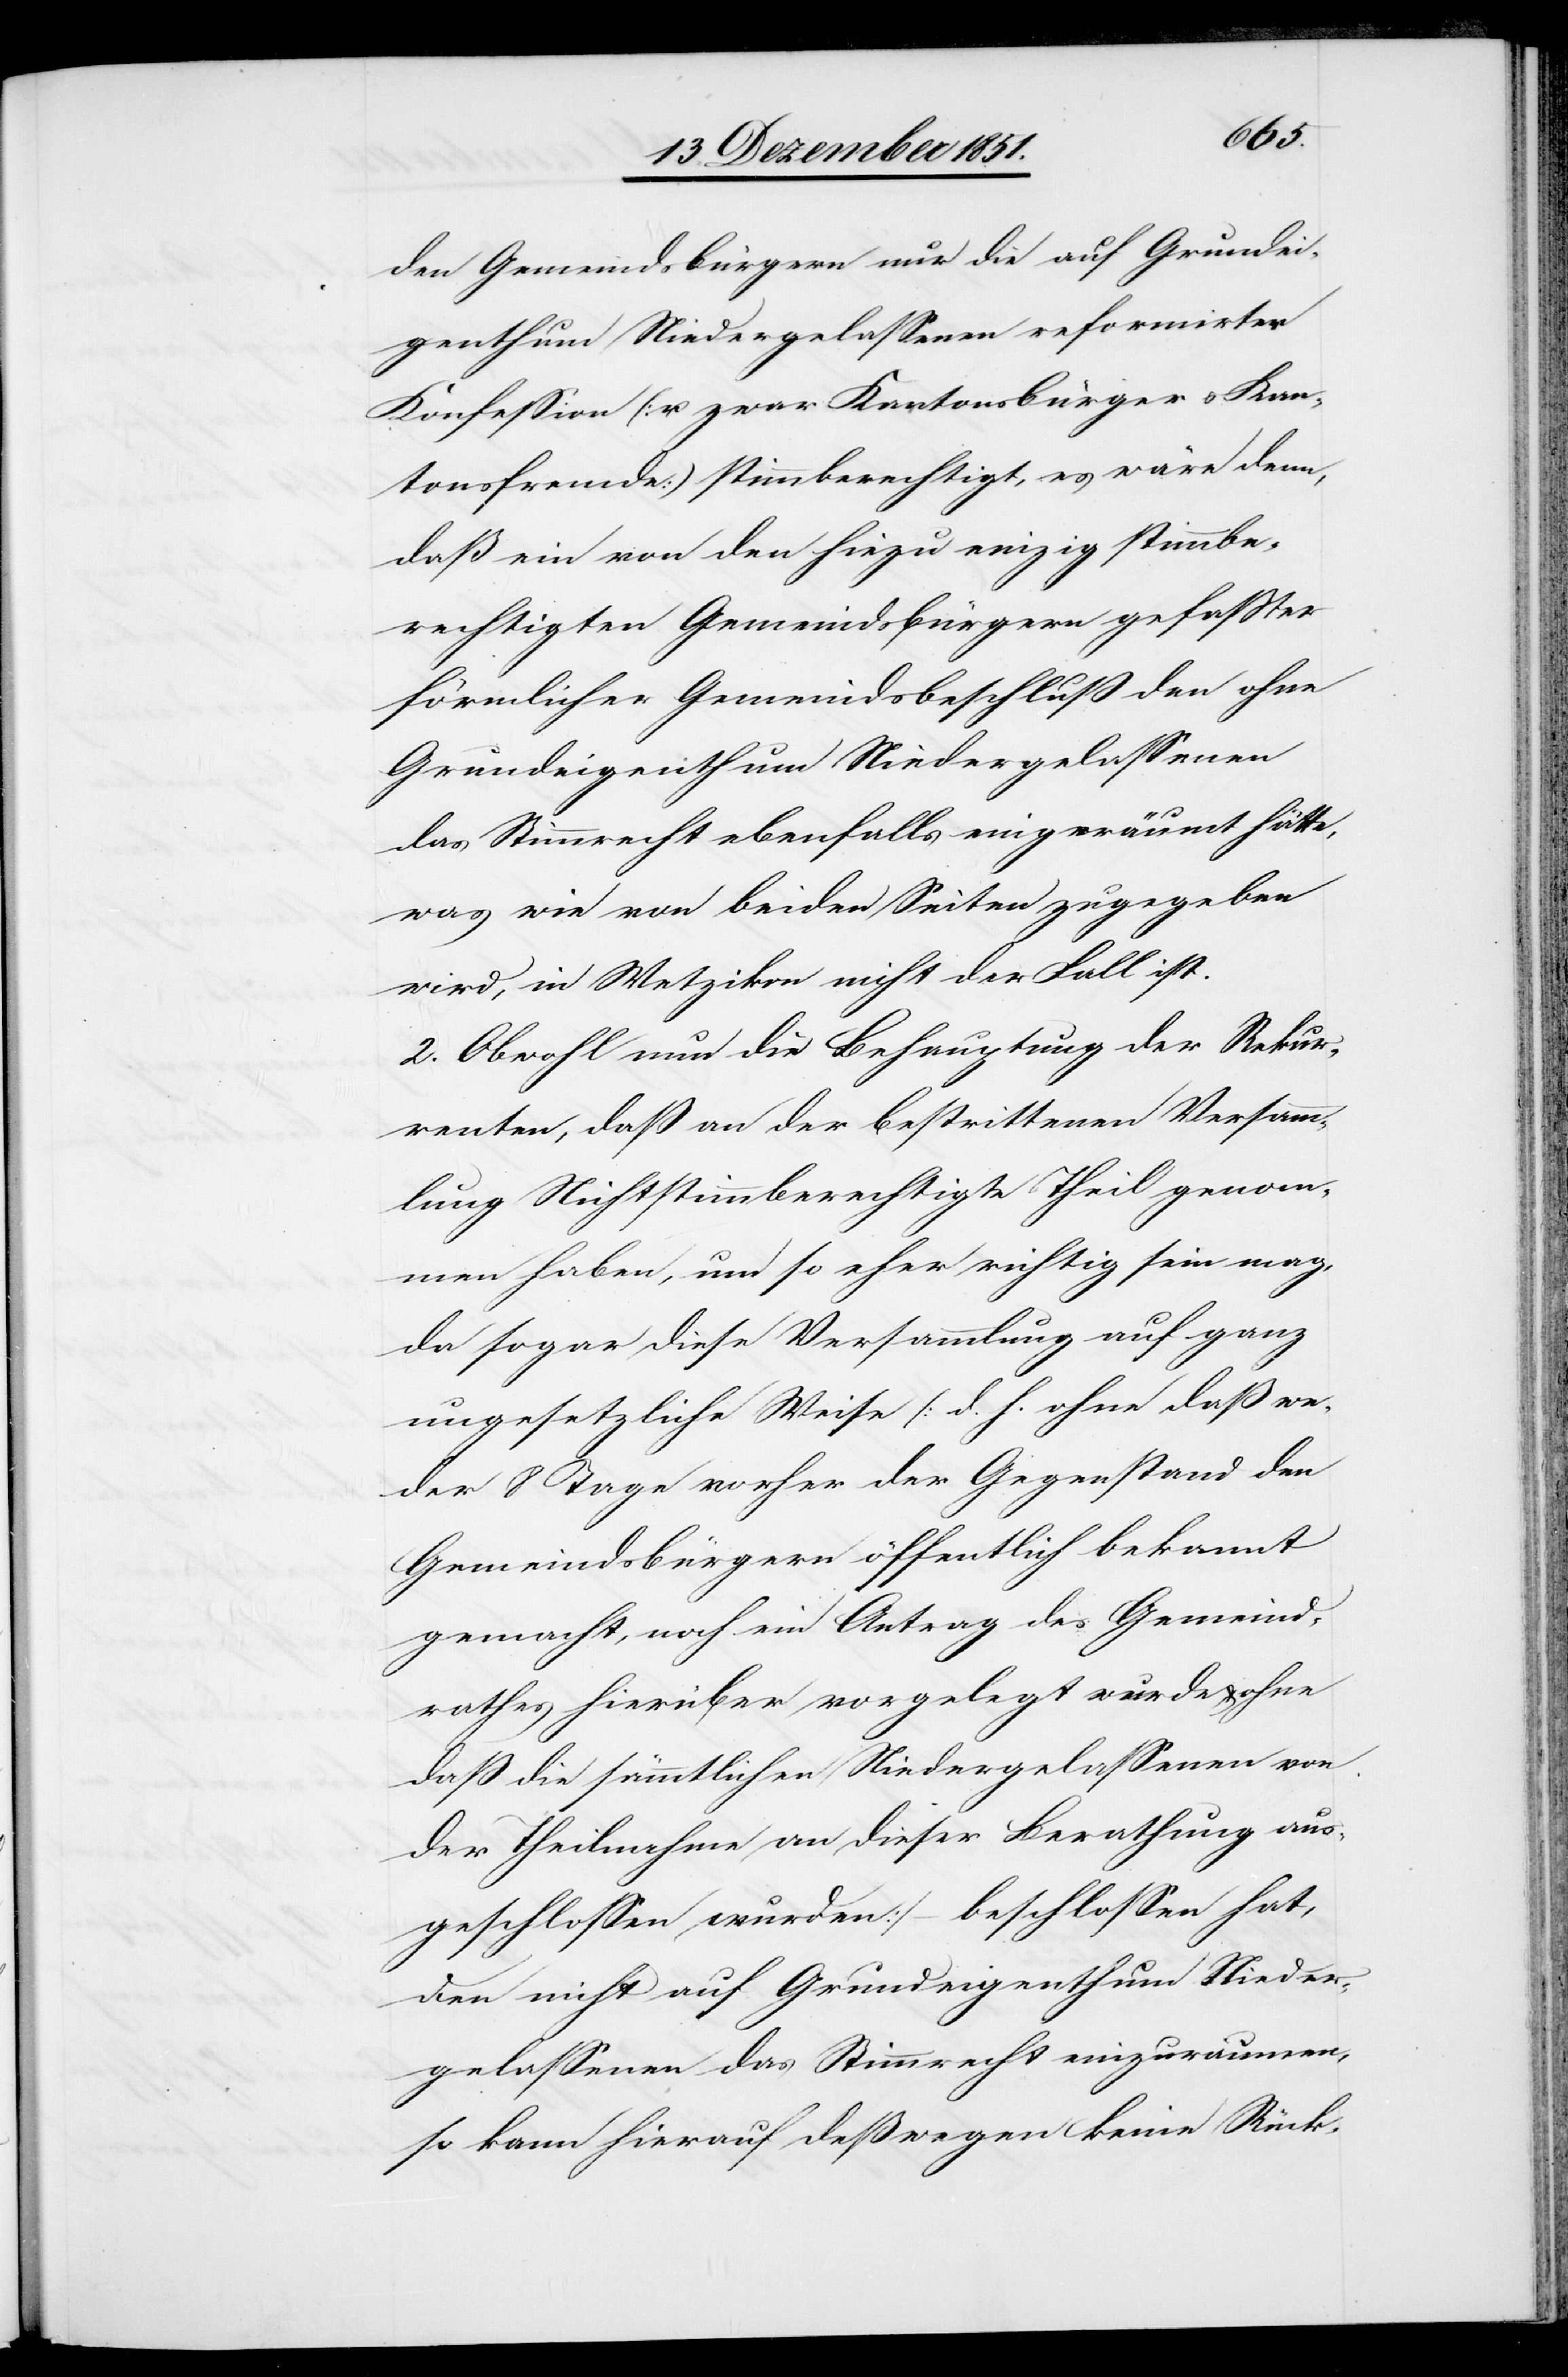
den Gemeindsbürgern nur die auf Grundei¬
genthum Niedergelassenen reformirter
Konfession (u. zwar Kantonsbürger & Kan¬
tonsfremde) stimmberechtigt, es wäre denn,
daß ein von den hiezu einzig stimmbe¬
rechtigten Gemeindsbürgern gefaßter
förmlicher Gemeindsbeschluß den ohne
Grundeigenthum Niedergelassenen
das Stimmrecht ebenfalls eingeräumt hätte,
was wie von beiden Seiten zugegeben
wird, in Wetzikon nicht der Fall ist.
2. Obwohl nun die Behauptung der Rekur¬
renten, daß an der bestrittenen Versamm¬
lung Nichtstimmberechtigte Theil genom¬
men haben, um so eher richtig sein mag,
da sogar diese Versammlung auf ganz
ungesetzliche Weise [d. h. ohne daß we¬
der 8 Tage vorher der Gegenstand den
Gemeindsbürgern öffentlich bekannt
gemacht, noch ein Antrag des Gemeind¬
rathes hierüber vorgelegt wurde & ohne
daß die sämmtlichen Niedergelassenen von
der Theilnahme an dieser Berathung aus¬
geschlossen wurden] – beschlossen hat,
den nicht auf Grundeigenthum Nieder¬
gelassenen das Stimmrecht einzuräumen,
so kann hierauf deßwegen keine Rück-